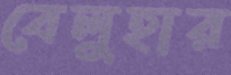
বেলুহার